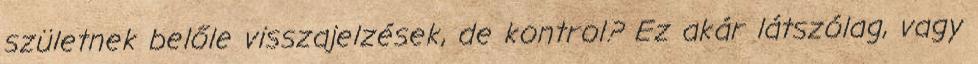
születnek belőle visszajelzések, de kontrol? Ez akár látszólag, vagy